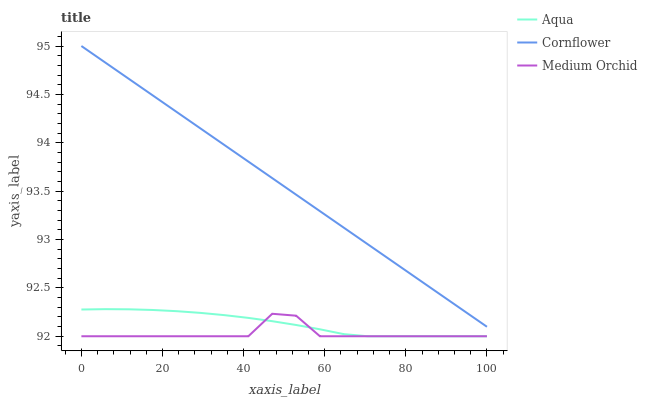
| xaxis_label | Aqua | Cornflower | Medium Orchid |
 | --- | --- | --- | --- |
 | 0 | 92.3 | 95 | 92 |
 | 5.88 | 92.3 | 94.8 | 92 |
 | 11.8 | 92.3 | 94.7 | 92 |
 | 17.6 | 92.3 | 94.5 | 92 |
 | 23.5 | 92.3 | 94.3 | 92 |
 | 29.4 | 92.2 | 94.1 | 92 |
 | 35.3 | 92.2 | 94 | 92 |
 | 41.2 | 92.2 | 93.8 | 92 |
 | 47.1 | 92.2 | 93.6 | 92.2 |
 | 52.9 | 92.1 | 93.5 | 92.2 |
 | 58.8 | 92.1 | 93.3 | 92 |
 | 64.7 | 92 | 93.1 | 92 |
 | 70.6 | 92 | 93 | 92 |
 | 76.5 | 92 | 92.8 | 92 |
 | 82.4 | 92 | 92.6 | 92 |
 | 88.2 | 92 | 92.4 | 92 |
 | 94.1 | 92 | 92.3 | 92 |
 | 100 | 92 | 92.1 | 92 |